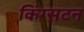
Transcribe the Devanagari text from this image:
किंग्‍सटन